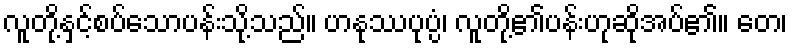
လူတို့နှင့်စပ်သောပန်းသို့သည်။ ဟနုဿပုပ္ပံ၊ လူတို့၏ပန်းဟုဆိုအပ်၏။ တေ၊